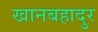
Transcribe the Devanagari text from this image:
खानबहादुर